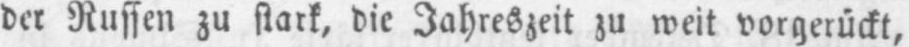
der Russen zu stark, die Jahreszeit zu weit vorgerückt,